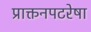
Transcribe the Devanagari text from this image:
प्राक्तनपटरेषा